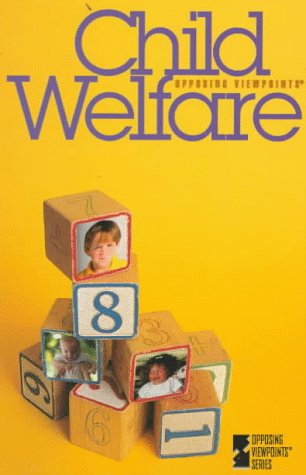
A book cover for Child Welfare (Opposing Viewpoints); Teen & Young Adult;